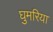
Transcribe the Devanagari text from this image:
घुमरिया